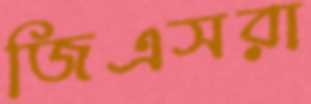
জিএসরা